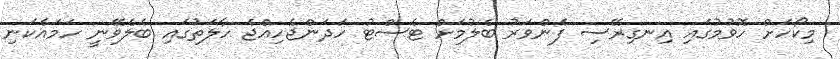
މިކޯހަށް ހޮވުމުގައި އިނގިރޭސި ފެންވަރު ބެލުމަށް ޓެސްޓު ހަދަންޖެހިއްޖެ ހާލަތުގައި ބެލެވޭނީ ހަމައެކަނި